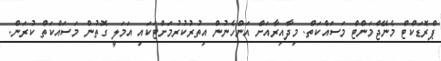
ޕްރޮޑަކްޓް މެނޭޖްމަންޓް މަސައްކަތް. މިދާއިރާއަށް އަންހެނުން އިތުރުކުރުމަށްޓަކައި އަމަލީ ގޮތުން މަސައްކަތް ކުރަން.